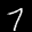
Label: 7